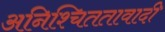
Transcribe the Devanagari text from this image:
अनिश्चिततावादी